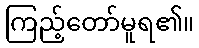
ကြည့်တော်မူရ၏။